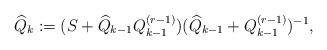
LaTeX: \begin{align*}\widehat{Q}_{k}&:={(S+\widehat{Q}_{k-1}{Q}_{k-1}^{(r-1)})}{(\widehat{Q}_{k-1}+{Q}_{k-1}^{(r-1)})^{-1}},\end{align*}